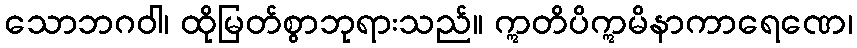
သောဘဂဝါ၊ ထိုမြတ်စွာဘုရားသည်။ ဣတိပိဣမိနာကာရေဏေ၊